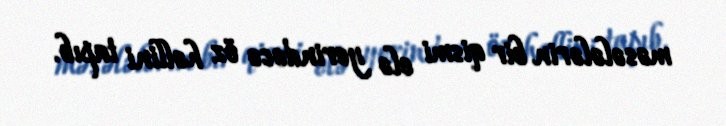
məsələlərin bir qismi elə yerindəcə öz həllini tapıb.